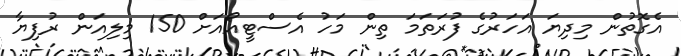
އެގޮތުން މިދިޔަ އަހަރުގެ ފުރަތަަމަ ތިން މަހު އެސްޓީއޯއަށް 150 މިލިއަން ރުފިޔާ